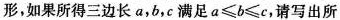
形，如果所得三边长a，b，c满足$$a ≤ b ≤ c$$，请写出所